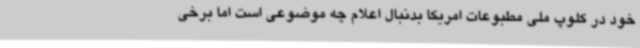
خود در کلوپ ملی مطبوعات امریکا بدنبال اعلام چه موضوعی است اما برخی